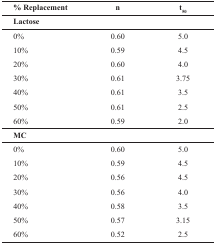
<table><thead><tr><td><b>% Replacement</b></td><td><b>n</b></td><td><b>t<sub>50</sub></b></td></tr><tr><td colspan="3"><b>Lactose</b></td></tr></thead><tbody><tr><td>0%</td><td>0.60</td><td>5.0</td></tr><tr><td>10%</td><td>0.59</td><td>4.5</td></tr><tr><td>20%</td><td>0.60</td><td>4.0</td></tr><tr><td>30%</td><td>0.61</td><td>3.75</td></tr><tr><td>40%</td><td>0.61</td><td>3.5</td></tr><tr><td>50%</td><td>0.61</td><td>2.5</td></tr><tr><td>60%</td><td>0.59</td><td>2.0</td></tr><tr><td colspan="3"><b>MC</b></td></tr><tr><td>0%</td><td>0.60</td><td>5.0</td></tr><tr><td>10%</td><td>0.59</td><td>4.5</td></tr><tr><td>20%</td><td>0.56</td><td>4.5</td></tr><tr><td>30%</td><td>0.56</td><td>4.0</td></tr><tr><td>40%</td><td>0.58</td><td>3.5</td></tr><tr><td>50%</td><td>0.57</td><td>3.15</td></tr><tr><td>60%</td><td>0.52</td><td>2.5</td></tr></tbody></table>